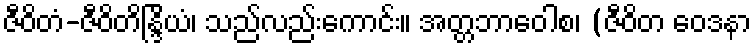
ဇီဝိတံ-ဇီဝိတိန္ဒြိယံ၊ သည်လည်းကောင်း။ အတ္တဘာဝေါစ၊ (ဇီဝိတ ဝေဒနာ